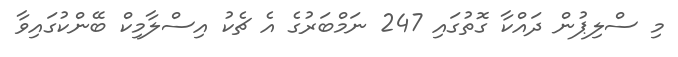
މި ސްލިޕުން ދައްކާ ގޮތުގައި 247 ނަމްބަރުގެ އެ ޗެކު އިސްލާމިކް ބޭންކުގައިވާ